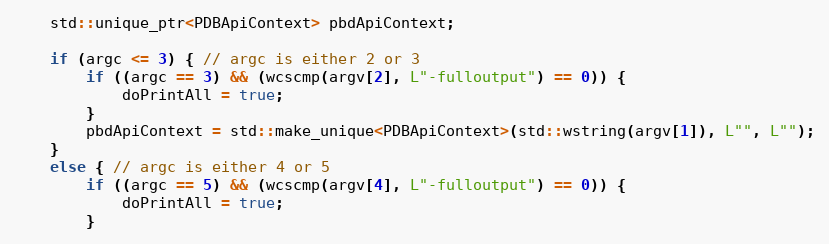
Language: C++
	std::unique_ptr<PDBApiContext> pbdApiContext;

	if (argc <= 3) { // argc is either 2 or 3
		if ((argc == 3) && (wcscmp(argv[2], L"-fulloutput") == 0)) {
			doPrintAll = true;
		}
		pbdApiContext = std::make_unique<PDBApiContext>(std::wstring(argv[1]), L"", L"");
	}
	else { // argc is either 4 or 5
		if ((argc == 5) && (wcscmp(argv[4], L"-fulloutput") == 0)) {
			doPrintAll = true;
		}